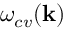
\omega _ { c v } ( { \bf k } )